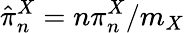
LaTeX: \hat{\pi}_{n}^{X}=n\pi_{n}^{X}/m_{X}